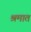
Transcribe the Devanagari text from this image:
श्रमात